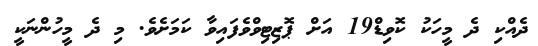
ދެއްކި ދެ މީހަކު ކޮވިޑް19 އަށް ޕޮޒިޓިވްވެފައިވާ ކަމަށެވެ. މި ދެ މީހުންނަކީ